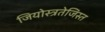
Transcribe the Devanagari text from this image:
जियोस्त्रतेजिस्त